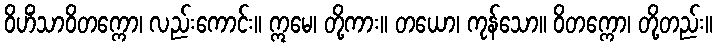
ဝိဟိံသာဝိတက္ကော၊ လည်းကောင်း။ ဣမေ၊ တို့ကား။ တယော၊ ကုန်သော။ ဝိတက္ကော၊ တို့တည်း။